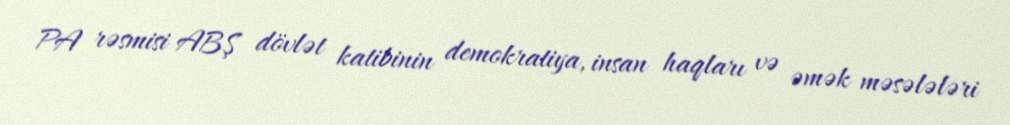
PA rəsmisi ABŞ dövlət katibinin demokratiya, insan haqları və əmək məsələləri